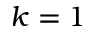
k = 1